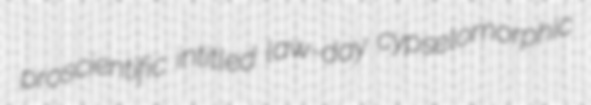
proscientific intitled law-day cypselomorphic